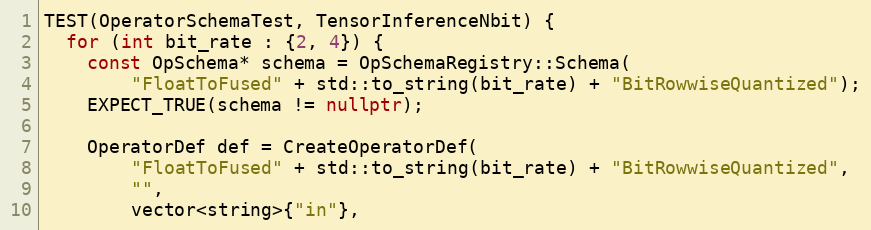
Language: C++
TEST(OperatorSchemaTest, TensorInferenceNbit) {
  for (int bit_rate : {2, 4}) {
    const OpSchema* schema = OpSchemaRegistry::Schema(
        "FloatToFused" + std::to_string(bit_rate) + "BitRowwiseQuantized");
    EXPECT_TRUE(schema != nullptr);

    OperatorDef def = CreateOperatorDef(
        "FloatToFused" + std::to_string(bit_rate) + "BitRowwiseQuantized",
        "",
        vector<string>{"in"},